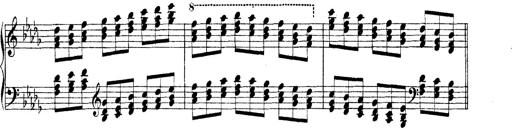
Title: Technische Studien
Composer: Franz Liszt